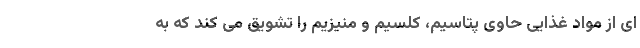
ای از مواد غذایی حاوی پتاسیم، کلسیم و منیزیم را تشویق می کند که به